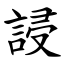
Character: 誛